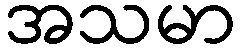
အသမာ